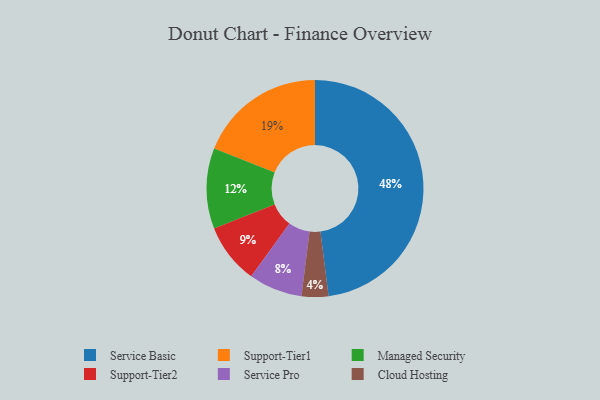
{"axis": {"x": "Category", "y": "Percentage"}, "legend": ["Cloud Hosting", "Managed Security", "Service Basic", "Service Pro", "Support-Tier1", "Support-Tier2"], "data": [{"x": "Cloud Hosting", "y": 4, "type": "Cloud Hosting"}, {"x": "Support-Tier1", "y": 19, "type": "Support-Tier1"}, {"x": "Support-Tier2", "y": 9, "type": "Support-Tier2"}, {"x": "Service Pro", "y": 8, "type": "Service Pro"}, {"x": "Service Basic", "y": 48, "type": "Service Basic"}, {"x": "Managed Security", "y": 12, "type": "Managed Security"}]}